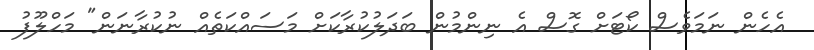
އެހެން ނަމަވެސް ކޯޓަށް ގޮސް އެ ނިންމުން ބަދަލުކުރާކަށް މަސައްކަތެއް ނުކުރާނަން" މަހްލޫފު